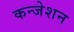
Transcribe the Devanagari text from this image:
कन्जेशन